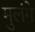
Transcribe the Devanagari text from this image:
मुलंगे